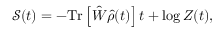
\mathcal { S } ( t ) = - \mathrm { T r } \left[ \hat { W } \hat { \rho } ( t ) \right] t + \log Z ( t ) ,